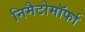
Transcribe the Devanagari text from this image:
निमैटोमॉर्फा